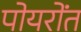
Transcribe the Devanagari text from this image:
पोयरोंत